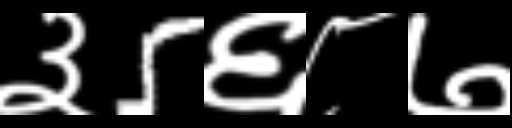
Text: ३5६८७